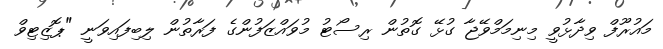
މައުރޫފް ވިދާޅުވީ މިނިމަމްވޭޖާ ގުޅޭ ގޮތުން ރިސޯޓު މުވައްޒަފުންގެ ފަރާތުން ލިބިފައިވަނީ "ޕޮޒިޓިވް